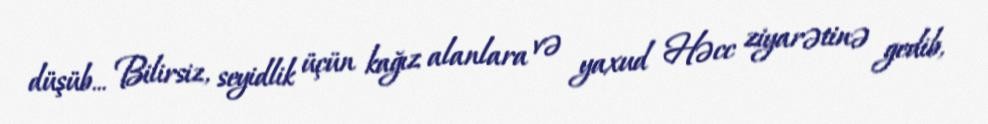
düşüb... Bilirsiz, seyidlik üçün kağız alanlara və yaxud Həcc ziyarətinə gedib,